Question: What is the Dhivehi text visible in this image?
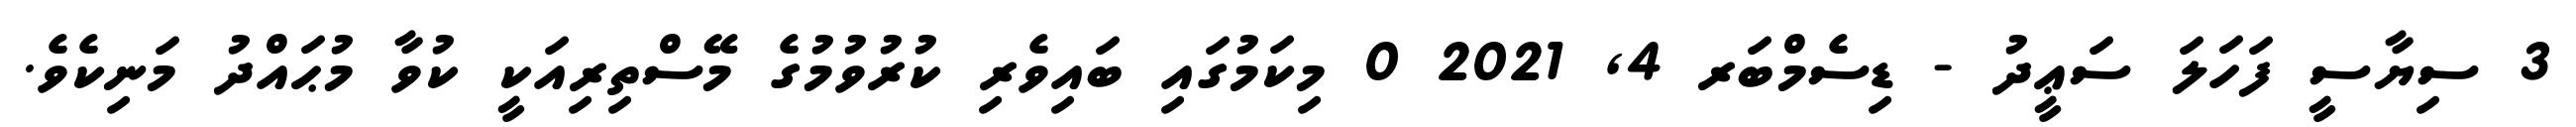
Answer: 3 ސިޔާސީ ފަހަލަ ސަޢީދު - ޑިސެމްބަރ 4, 2021 0 މިކަމުގައި ބައިވެރި ކުރުވުމުގެ މޭސްތިރިއަކީ ކުވާ މުޙައްދު މަނިކެވެ.